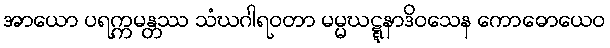
အာယော ပရက္ကမန္တဿ သံဃဂါရဝတာ မမ္မဃဋ္ဋနာဒိဝသေန ကောဓောယေဝ